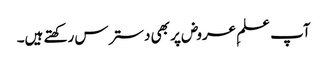
آپ علمِ عروض پر بھی دسترس رکھتے ہیں۔